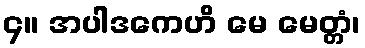
၄။ အပါဒကေဟိ မေ မေတ္တံ၊